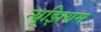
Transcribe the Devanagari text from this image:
न्यूझियम